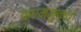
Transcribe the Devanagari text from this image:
क्रममुक्त